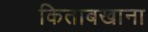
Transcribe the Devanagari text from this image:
किताबखाना